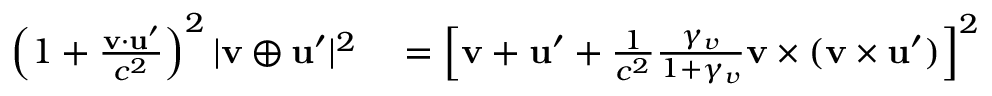
\begin{array} { r l } { \left( 1 + { \frac { \mathbf { v } \cdot \mathbf { u } ^ { \prime } } { c ^ { 2 } } } \right) ^ { 2 } | \mathbf { v } \oplus \mathbf { u } ^ { \prime } | ^ { 2 } } & { { } = \left[ \mathbf { v } + \mathbf { u } ^ { \prime } + { \frac { 1 } { c ^ { 2 } } } { \frac { \gamma _ { v } } { 1 + \gamma _ { v } } } \mathbf { v } \times ( \mathbf { v } \times \mathbf { u } ^ { \prime } ) \right] ^ { 2 } } \end{array}